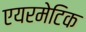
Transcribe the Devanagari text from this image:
एयरमेटिक